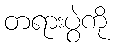
တရားပွဲကို